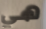
هي